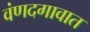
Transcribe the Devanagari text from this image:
वंणदगावात